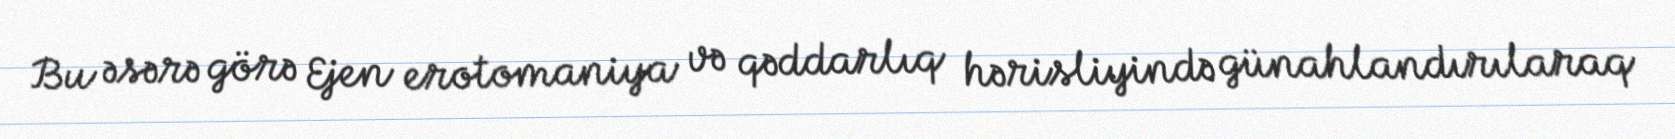
Bu əsərə görə Ejen erotomaniya və qəddarlıq hərisliyində günahlandırılaraq